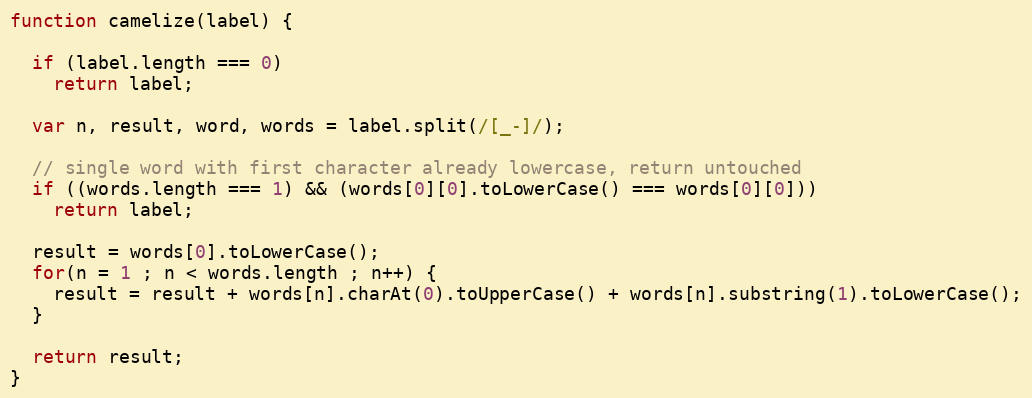
Language: JavaScript
function camelize(label) {

  if (label.length === 0)
    return label;

  var n, result, word, words = label.split(/[_-]/);

  // single word with first character already lowercase, return untouched
  if ((words.length === 1) && (words[0][0].toLowerCase() === words[0][0]))
    return label;

  result = words[0].toLowerCase();
  for(n = 1 ; n < words.length ; n++) {
    result = result + words[n].charAt(0).toUpperCase() + words[n].substring(1).toLowerCase();
  }

  return result;
}